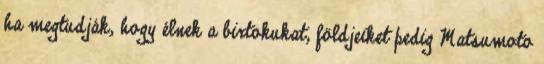
ha megtudják, hogy élnek a birtokukat, földjeiket pedig Matsumoto